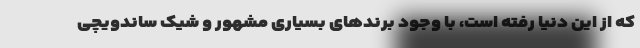
که از این دنیا رفته‌ است، با وجود برندهای بسیاری مشهور و شیک ساندویچی